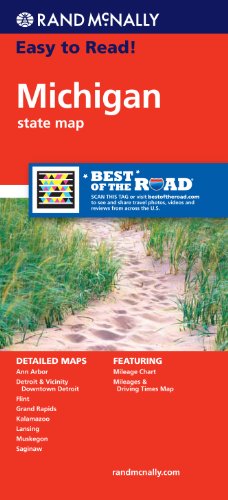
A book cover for Rand McNally Easy To Read: Michigan State Map; Rand McNally; Reference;